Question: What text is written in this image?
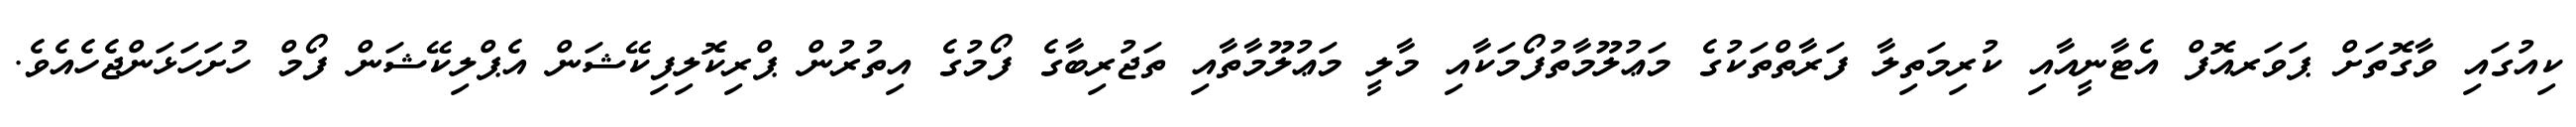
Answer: ކިއުގައި ވާގޮތަށް ޕަވަރއޮފް އެޓާނީއާއި ކުރިމަތިލާ ފަރާތްތަކުގެ މަޢުލޫމާތުފޯމަކާއި މާލީ މަޢުލޫމާތާއި ތަޖުރިބާގެ ފޯމުގެ އިތުރުން ޕްރިކޮލިފިކޭޝަން އެޕްލިކޭޝަން ފޯމް ހުށަހަޅަންޖެހެއެވެ.